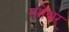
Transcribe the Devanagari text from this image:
रामेश्वर्